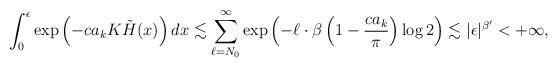
LaTeX: \begin{align*}\int_0^\epsilon \exp\left(-ca_k K\tilde{H}(x) \right) dx \lesssim \sum_{\ell=N_0}^\infty \exp \left(-\ell\cdot \beta\left( 1- \frac{ca_k}{\pi} \right) \log 2 \right) \lesssim |\epsilon|^{\beta'} < +\infty, \end{align*}